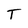
Character: T